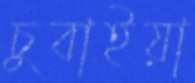
চুবাইয়া